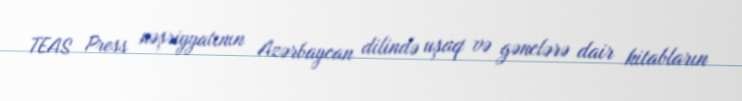
TEAS Press nəşriyyatının Azərbaycan dilində uşaq və gənclərə dair kitabların